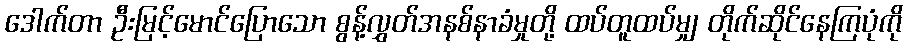
ဒေါက်တာ ဦးမြင့်မောင်ပြောသော စွန့်လွှတ်အနစ်နာခံမှုတို့ ထပ်တူထပ်မျှ တိုက်ဆိုင်နေကြပုံကို